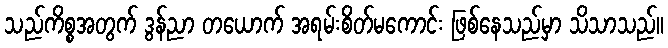
သည်ကိစ္စအတွက် ဒွန်ညာ တယောက် အရမ်းစိတ်မကောင်း ဖြစ်နေသည်မှာ သိသာသည်။